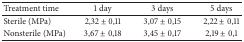
<table><thead><tr><td><b>Treatment time</b></td><td><b> 1 day</b></td><td><b>3 days</b></td><td><b>5 days</b></td></tr></thead><tbody><tr><td>Sterile (MPa)</td><td>2,32 ± 0,11</td><td>3,07 ± 0,15</td><td>2,22 ± 0,11</td></tr><tr><td>Nonsterile (MPa)</td><td>3,67 ± 0,18</td><td>3,45 ± 0,17</td><td>2,19 ± 0,1</td></tr></tbody></table>